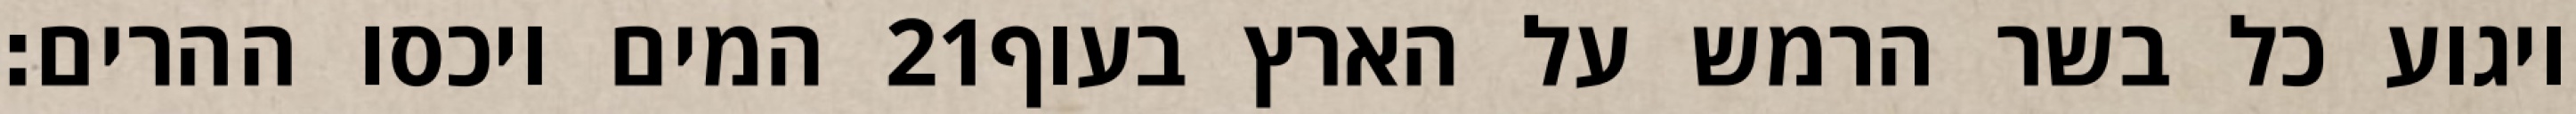
המים ויכסו ההרים׃ ‎21‏ ויגוע כל בשר הרמש על הארץ בעוף